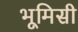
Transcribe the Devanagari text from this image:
भूमिसी